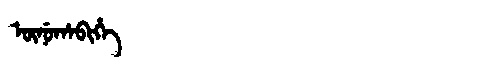
Manchu: ᡡᠨᡠᡥᠠᠪᡳᡥᡝ
Romanization: ŪNUHABIHE